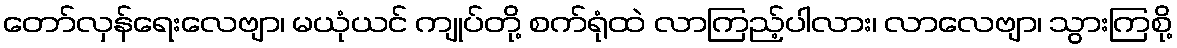
တော်လှန်ရေးလေဗျာ၊ မယုံယင် ကျုပ်တို့ စက်ရုံထဲ လာကြည့်ပါလား၊ လာလေဗျာ၊ သွားကြစို့